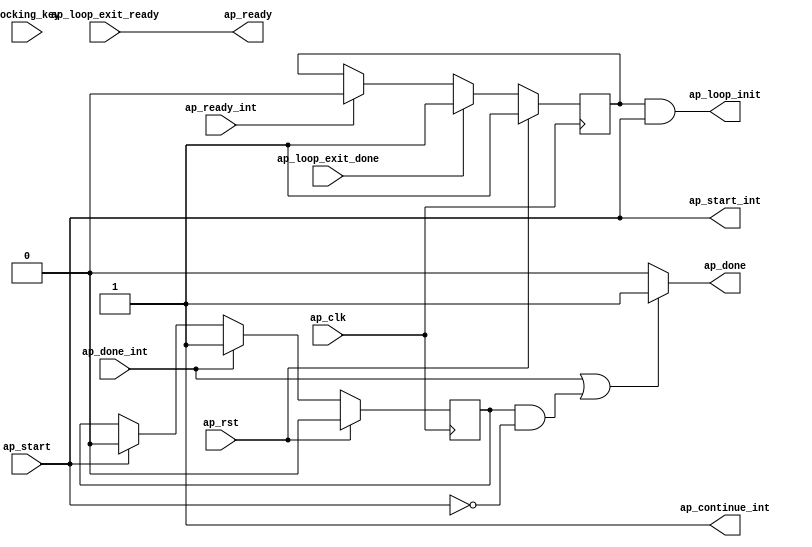
// ==============================================================
// Vitis HLS - High-Level Synthesis from C, C++ and OpenCL v2022.2 (64-bit)
// Tool Version Limit: 2019.12
// Copyright 1986-2022 Xilinx, Inc. All Rights Reserved.
// ==============================================================

`timescale 1 ns / 1 ps

module aes_main_flow_control_loop_pipe_sequential_init(
        ap_clk,
        ap_rst,
        ap_start,
        ap_ready,
        ap_done,
        ap_start_int,
        ap_ready_int,
        ap_done_int,
        ap_continue_int,
        ap_loop_init,
        ap_loop_exit_ready,
        ap_loop_exit_done,
        locking_key
);

input   ap_clk;
input   ap_rst;

input[99:0] locking_key;

reg[499:0] new_locking_key;
always @ (locking_key)
    begin
        new_locking_key[99:0] = locking_key[99:0];
    end
always @ (locking_key)
    begin
        new_locking_key[199:100] = locking_key[99:0];
    end
always @ (locking_key)
    begin
        new_locking_key[299:200] = locking_key[99:0];
    end
always @ (locking_key)
    begin
        new_locking_key[399:300] = locking_key[99:0];
    end
always @ (locking_key)
    begin
        new_locking_key[499:400] = locking_key[99:0];
    end



//Block level handshake with outside loop
input   ap_start;
output  ap_ready;
output  ap_done;

//Block level handshake with loop body
output  ap_start_int;
input   ap_ready_int;
input   ap_done_int;
output  ap_continue_int;

//Init live in variables
output   ap_loop_init;
wire     ap_loop_init;
reg ap_loop_init_int;
reg ap_done;
reg ap_done_cache;

//Exit signal from loop body
input   ap_loop_exit_ready;
input   ap_loop_exit_done;

// power-on initialization
initial begin
#0 ap_loop_init_int = 1'b1;
#0 ap_done_cache = 1'b0;
end

assign ap_start_int = ap_start;

assign ap_continue_int = 1'b1;

assign ap_ready = ap_loop_exit_ready;

//ap_loop_init is valid for the first II
//of the first loop run so as to enable
//the init block ops which are pushed into
//the first state of the pipeline region
always @ (posedge ap_clk)
begin
    if (ap_rst == 1'b1) begin
        ap_loop_init_int <= 1'b1;
    end else if(ap_loop_exit_done == 1'b1) begin
        ap_loop_init_int <= 1'b1;
    end else if(ap_ready_int == 1'b1) begin
        ap_loop_init_int <= 1'b0;
    end
end

assign ap_loop_init = ap_loop_init_int & ap_start;

// if no ap_continue port and current module is not top module, 
// ap_done handshakes with ap_start. Internally, flow control sends out 
// ap_conintue_int = 1'b1 so the ap_done_int is asserted high for 1 clock cycle.
// ap_done_cache is used to record ap_done_int, and de-assert if ap_start_int
// is asserted, so DUT can start the next run
always @(posedge ap_clk)
begin
    if (ap_rst == 1'b1) begin
        ap_done_cache <= 1'b0;
    end else if (ap_done_int == 1'b1) begin
        ap_done_cache <= 1'b1;
    end else if (ap_start_int == 1'b1) begin
        ap_done_cache <= 1'b0;
    end
end

// if no ap_continue port and current module is not top module, ap_done handshakes with ap_start
always @(*)
begin
    if ((ap_done_int == 1'b1) || ((ap_done_cache == 1'b1) && (ap_start_int == 1'b0))) begin
        ap_done = 1'b1;
    end else begin
        ap_done = 1'b0;
    end
end

//assign new_locking_key[99:0] = locking_key[99:0];
//assign new_locking_key[199:100] = locking_key[99:0];
//assign new_locking_key[299:200] = locking_key[99:0];
//assign new_locking_key[399:300] = locking_key[99:0];
//assign new_locking_key[499:400] = locking_key[99:0];
endmodule